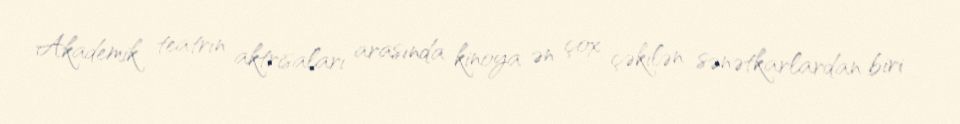
Akademik teatrın aktrisaları arasında kinoya ən çox çəkilən sənətkarlardan biri